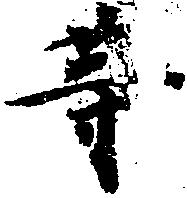
等